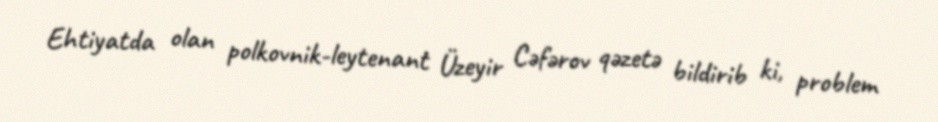
Ehtiyatda olan polkovnik-leytenant Üzeyir Cəfərov qəzetə bildirib ki, problem